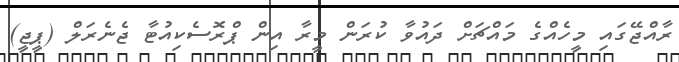
ރާއްޖޭގައި މީހެއްގެ މައްޗަށް ދައުވާ ކުރަން މީރާ އިން ޕްރޮސެކިއުޓާ ޖެނެރަލް (ޕީޖީ)